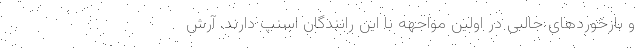
و بازخوردهای جالبی در اولین مواجهه با این رانندگان اسنپ دارند. آرش